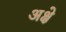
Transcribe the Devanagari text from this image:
अक्षे